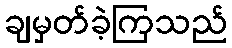
ချမှတ်ခဲ့ကြသည်